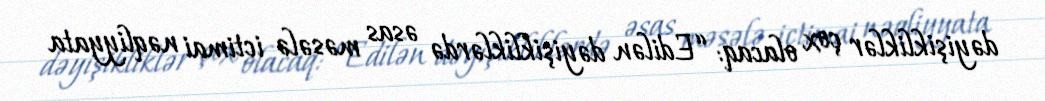
dəyişikliklər çox olacaq: “Edilən dəyişikliklərdə əsas məsələ ictimai nəqliyyata